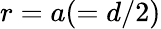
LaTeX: r=a(=d/2)